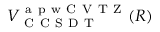
V _ { \mathrm { ~ C ~ C ~ S ~ D ~ T ~ } } ^ { \mathrm { ~ a ~ p ~ w ~ C ~ V ~ T ~ Z ~ } } ( R )